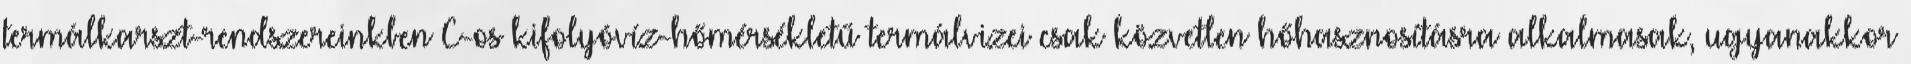
termálkarszt-rendszereinkben C-os kifolyóvíz-hőmérsékletű termálvizei csak közvetlen hőhasznosításra alkalmasak, ugyanakkor